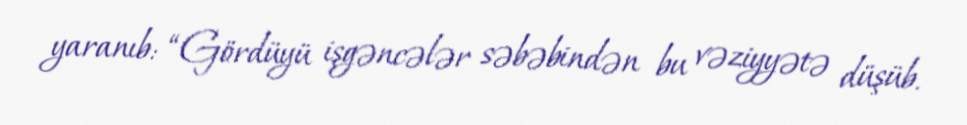
yaranıb: “Gördüyü işgəncələr səbəbindən bu vəziyyətə düşüb.